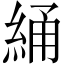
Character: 𬗝